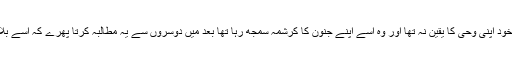
اس سے بڑھ کر ظلم کیا ہو گا کہ جس شخص کو خود اپنی وحی کا یقین نہ تھا اور وہ اسے اپنے جنون کا کرشمہ سمجھ رہا تھا بعد میں دوسروں سے یہ مطالبہ کرتا پھرے کہ اسے بلا دلیل صرف اس کے دعویٰ پر نبی مان لیا جائے۔